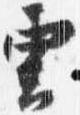
雲